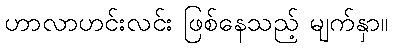
ဟာလာဟင်းလင်း ဖြစ်နေသည့် မျက်နှာ။